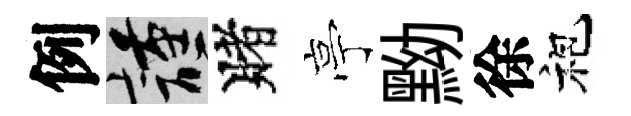
例謹賭亭黝徐袍